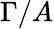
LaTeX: \Gamma/A